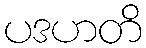
ပဒဟတိ